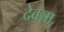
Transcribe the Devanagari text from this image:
देवन्ना